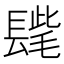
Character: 𨲝